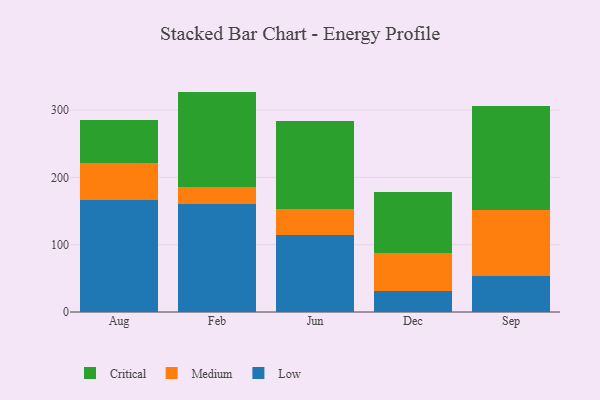
{"axis": {"x": "Month", "y": "Conversion Rate (%)"}, "legend": ["Critical", "Low", "Medium"], "data": [{"x": "Aug", "y": 165.9, "type": "Low"}, {"x": "Aug", "y": 55.1, "type": "Medium"}, {"x": "Aug", "y": 64.5, "type": "Critical"}, {"x": "Feb", "y": 161.0, "type": "Low"}, {"x": "Feb", "y": 24.7, "type": "Medium"}, {"x": "Feb", "y": 141.8, "type": "Critical"}, {"x": "Jun", "y": 114.3, "type": "Low"}, {"x": "Jun", "y": 38.5, "type": "Medium"}, {"x": "Jun", "y": 130.5, "type": "Critical"}, {"x": "Dec", "y": 31.3, "type": "Low"}, {"x": "Dec", "y": 56.8, "type": "Medium"}, {"x": "Dec", "y": 89.6, "type": "Critical"}, {"x": "Sep", "y": 53.1, "type": "Low"}, {"x": "Sep", "y": 98.1, "type": "Medium"}, {"x": "Sep", "y": 155.1, "type": "Critical"}]}